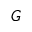
G